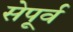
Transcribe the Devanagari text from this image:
सेपूर्व